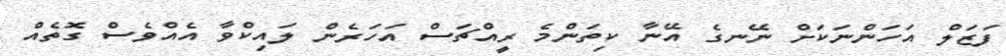
ފަޒަލް އަހަންނަކަށް ނޭނގެ އޭނާ ކިތަންމެ ރީއްޗަސް އަހަރެން ލައިކްވާ އެއްވެސް ގޮތެއް